Report of the Lahore Medical School Hospital
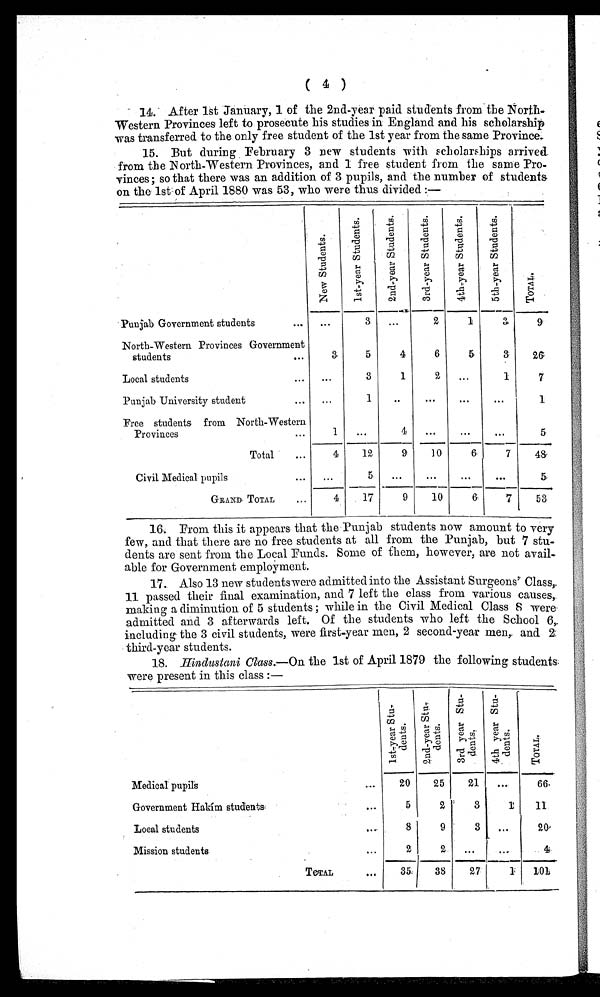
( 4 )
14: After 1st January, 1 of the 2nd-year paid students from the N orth.
Western Provinces left to prosecute his studies in England and his scholarship
was transferred to the only free student of the 1st year from the same Province.
15. But during February 3 new students with scholar ships arrived.
from the North-Western Provinces, and 1 free student from the same Pro-
vinces ; so that there was an addition of 3 pupils, and the number of students.
on the 1st of April 1880 was 53, who were thus divided :—
N e w S t u d e n t s .
1 s t - y e a r S t u d e n t s .
2 n d - y e a r S t u d e n t s .
3 r d - y e a r S t u d e n t s .
4 t h - y e a r S t u d e n t s .
5 t h - y e a r S t u d e n t s .
T o t a l .
Punjab Government students ...
...
3
...
2
1
3
9
North-Western Provinces Government
students
...
3
5
4
6
5
3
2 6
Local students
. . .
. . .
3
1
2
...
1
7
Punjab University student ...
...
1
..
...
. . .
. . .
1
Free students from North-Western
Provinces
...
1
. . .
4
...
. . .
. . .
5
Total
. . .
4
12
9
10
6
7
48
Civil Medical pupils
. . .
. . .
5
...
. . .
. . .
. . .
5
GRAND TOTAL ... 4
17
9
10
6
7
53
16.. From this it appears that the Punjab students now amount to very
few, and that there are no free students at all from the Punjab, but 7 stu-
dents are sent from the Local Funds. Some of them, however, are not avail
-
able for Government employment.
17. Also 13 new students were admitted into the Assistant Surgeons' Class,.
11 passed their final examination, and 7 left the class from various causes,
making a diminution of 5 students ; while in the Civil Medical Class 8 were
admitted and 3 afterwards left. Of the students who left the School 6,.
including the 3 civil students, were first-year men, 2 second-year men,. and 2:
third-year students.
18. Hindustani Class.—On the 1st of April 1879 the following students.
were present in this class :—
1 s t - y e a r S t u d e n t s .
2 n d - y e a r S t u d e n t s .
3 r d y e a r S t u d e n t s .
4 t h y e a r S t u d e n t s .
T O T A L .
Medical pupils
. . .
20
25
21
...
66.
Government Hakím students
. . .
5
2
3
1
11
Local students
. . .
8
9
3
...
20
Mission students
....
2
2
...
. . .
4
TOTAL ...
35
38
27
1
101